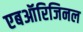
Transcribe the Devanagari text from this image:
एबऑरिजिनल